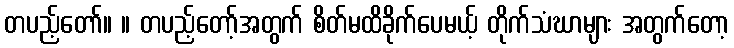
တပည့်တော်။ ။ တပည့်တော့်အတွက် စိတ်မထိခိုက်ပေမယ့် တိုက်သံဃာများ အတွက်တော့